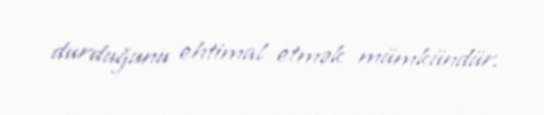
durduğunu ehtimal etmək mümkündür.